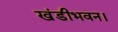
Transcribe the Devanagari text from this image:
खंडीभवन।